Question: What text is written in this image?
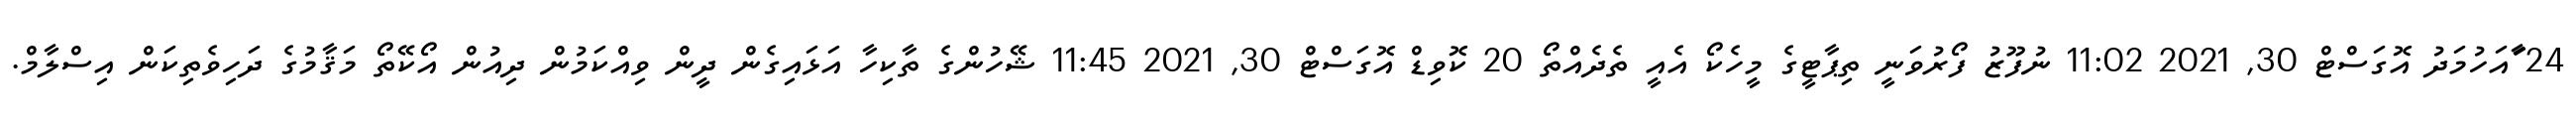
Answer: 24 ާައަހުމަދު އޮގަސްޓް 30, 2021 11:02 ނުފޫޒު ފޯރުވަނީ ތިޕާޓީގެ މީހެކޯ އެއީ ތެދެއްތޯ 20 ކޮވިޑް އޮގަސްޓް 30, 2021 11:45 ޝޭހުންގެ ތާކިހާ އަޅައިގެން ދީން ވިއްކަމުން ދިއުން އޯކޭތޯ މަޤާމުގެ ދަހިވެތިކަން އިސްލާމް.